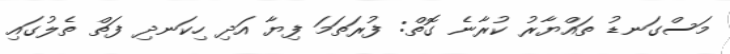
މަސްގަނޑު ތައްޔާރު ކުރާނެ ގޮތް: ފުރަތަމަ ފިޔާ އަދި ހިކަނދި ފަތް ތެލުގައި